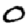
Digit: 0